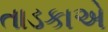
તાડકાએ